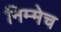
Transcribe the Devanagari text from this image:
निम्मेच